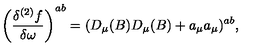
\left( \frac { \delta ^ { ( 2 ) } f } { \delta \omega } \right) ^ { a b } = ( D _ { \mu } ( B ) D _ { \mu } ( B ) + a _ { \mu } a _ { \mu } ) ^ { a b } ,